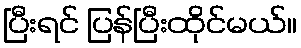
ပြီးရင် ပြန်ပြီးထိုင်မယ်။